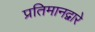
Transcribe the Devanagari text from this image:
प्रतिमानद्वारे